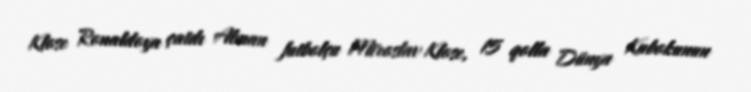
Klose Ronaldoya çatdı Alman futbolçu Miroslav Klose, 15 qolla Dünya Kubokunun